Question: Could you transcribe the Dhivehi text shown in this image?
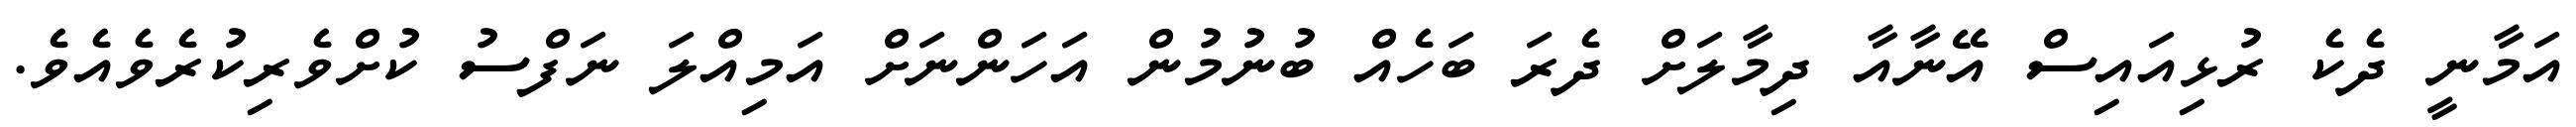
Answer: އަމާނީ ދެކެ ރުޅިއައިސް އޭނާއާ ދިމާލަށް ދެރަ ބަހެއް ބުނުމުން އަހަންނަށް އަމިއްލަ ނަފްސު ކުށްވެރިކުރެވެއެވެ.